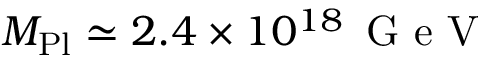
M _ { \mathrm { P l } } \simeq 2 . 4 \times 1 0 ^ { 1 8 } \, \textrm { G e V }